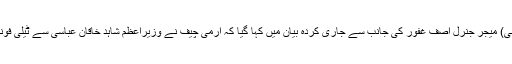
پاک فوج کے شعبہ تعلقات ِ عامہ آئی ایس پی آر کے ڈائریکٹر جنرل (ڈی جی) میجر جنرل آصف غفور کی جانب سے جاری کردہ بیان میں کہا گیا کہ آرمی چیف نے وزیراعظم شاہد خاقان عباسی سے ٹیلی فونک رابطہ کرکے صورتحال کو پُر امن طریقے سے حل کرنے پر زور دیا۔